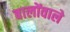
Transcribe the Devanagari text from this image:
बालोंवाले